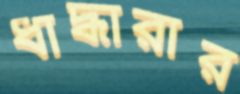
ধাদ্ধারার